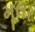
મૂલર